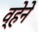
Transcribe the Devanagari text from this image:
व्हेने